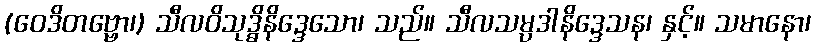
(ဝေဒိတဗ္ဗော၊) သီလဝိသုဒ္ဓိနိဒ္ဒေသော၊ သည်။ သီလသမ္ပဒါနိဒ္ဒေသန၊ နှင့်။ သမာနော၊